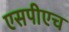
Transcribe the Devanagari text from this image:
एसपीएच